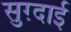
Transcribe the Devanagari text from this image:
सुग़्दाई